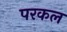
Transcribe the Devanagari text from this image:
परकल